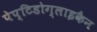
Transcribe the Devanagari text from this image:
पेप्टिडोग्लाइकैन